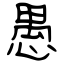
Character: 愚